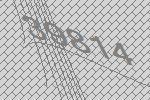
39814